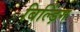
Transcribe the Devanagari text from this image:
बिल्ड़िंग